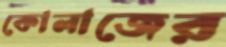
কোলাজের